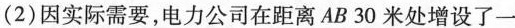
(2)因实际需要，电力公司在距离AB30米处增设了一